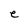
Character: e